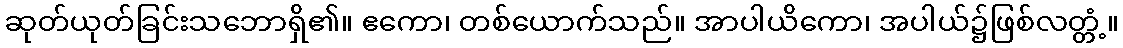
ဆုတ်ယုတ်ခြင်းသဘောရှိ၏။ ဧကော၊ တစ်ယောက်သည်။ အာပါယိကော၊ အပါယ်၌ဖြစ်လတ္တံ့။